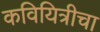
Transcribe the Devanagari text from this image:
कवियित्रीचा